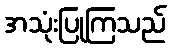
အသုံးပြုကြသည်